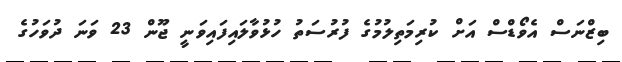
ބިޒްނަސް އެވޯޑްސް އަށް ކުރިމަތިލުމުގެ ފުރުސަތު ހުޅުވާލައިފައިވަނީ ޖޫން 23 ވަނަ ދުވަހުގެ